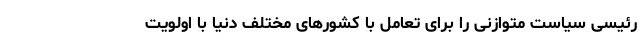
رئیسی سیاست متوازنی را برای تعامل با کشورهای مختلف دنیا با اولویت